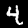
Digit: 4